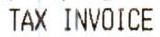
TAX INVOICE